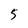
Character: 5